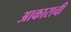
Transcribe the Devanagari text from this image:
आकाराचीं